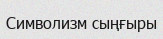
Символизм сыңғыры